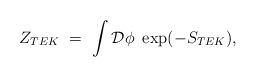
LaTeX: \begin{align*}Z_{TEK} \ = \ \int \mathcal{D}\phi \ \exp(-S_{TEK}),\end{align*}